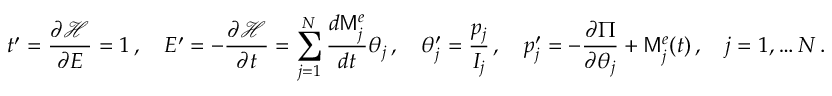
t ^ { \prime } = \frac { \partial \mathcal { H } } { \partial E } = 1 \, , \quad E ^ { \prime } = - \frac { \partial \mathcal { H } } { \partial t } = \sum _ { j = 1 } ^ { N } \frac { d \mathsf { M } _ { j } ^ { e } } { d t } \theta _ { j } \, , \quad \theta _ { j } ^ { \prime } = \frac { p _ { j } } { I _ { j } } \, , \quad p _ { j } ^ { \prime } = - \frac { \partial \Pi } { \partial \theta _ { j } } + \mathsf { M } _ { j } ^ { e } ( t ) \, , \quad j = 1 , \hdots N \, .